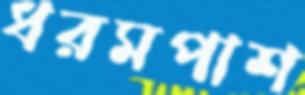
ধরমপাশ